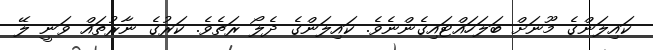
ކައިލަންގެ މޫނަށް ބަލަހައްޓައިގެންނެވެ. ކައިލަންގެ ދެލޯ ރަތެވެ. ކަރުގެ ނާރުތައް ވަނީ ލޭ